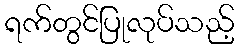
ရက်တွင်ပြုလုပ်သည့်